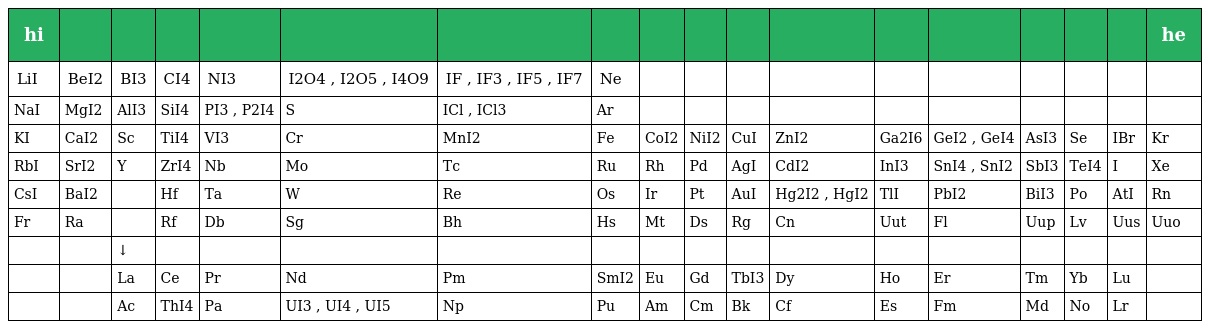
| hi |  |  |  |  |  |  |  |  |  |  |  |  |  |  |  |  | he |
 | --- | --- | --- | --- | --- | --- | --- | --- | --- | --- | --- | --- | --- | --- | --- | --- | --- | --- |
 | LiI | BeI2 | BI3 | CI4 | NI3 | I2O4 , I2O5 , I4O9 | IF , IF3 , IF5 , IF7 | Ne |  |  |  |  |  |  |  |  |  |  |
 | NaI | MgI2 | AlI3 | SiI4 | PI3 , P2I4 | S | ICl , ICl3 | Ar |  |  |  |  |  |  |  |  |  |  |
 | KI | CaI2 | Sc | TiI4 | VI3 | Cr | MnI2 | Fe | CoI2 | NiI2 | CuI | ZnI2 | Ga2I6 | GeI2 , GeI4 | AsI3 | Se | IBr | Kr |
 | RbI | SrI2 | Y | ZrI4 | Nb | Mo | Tc | Ru | Rh | Pd | AgI | CdI2 | InI3 | SnI4 , SnI2 | SbI3 | TeI4 | I | Xe |
 | CsI | BaI2 |  | Hf | Ta | W | Re | Os | Ir | Pt | AuI | Hg2I2 , HgI2 | TlI | PbI2 | BiI3 | Po | AtI | Rn |
 | Fr | Ra |  | Rf | Db | Sg | Bh | Hs | Mt | Ds | Rg | Cn | Uut | Fl | Uup | Lv | Uus | Uuo |
 |  |  | ↓ |  |  |  |  |  |  |  |  |  |  |  |  |  |  |  |
 |  |  | La | Ce | Pr | Nd | Pm | SmI2 | Eu | Gd | TbI3 | Dy | Ho | Er | Tm | Yb | Lu |  |
 |  |  | Ac | ThI4 | Pa | UI3 , UI4 , UI5 | Np | Pu | Am | Cm | Bk | Cf | Es | Fm | Md | No | Lr |  |